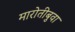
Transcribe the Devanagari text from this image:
मारोतीबुवा